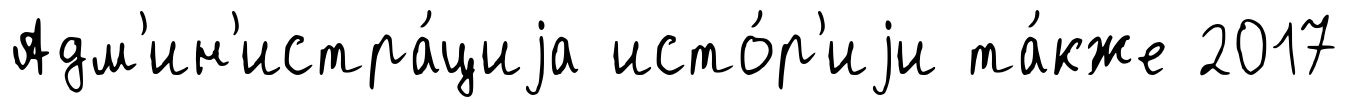
Адм'ин'истра́циjа исто́р'иjи та́кже 2017